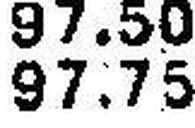
97.75